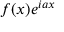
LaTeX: f ( x ) e ^ { i a x }